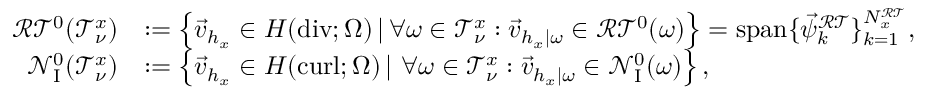
\begin{array} { r l } { \mathcal { R T } ^ { 0 } ( \mathcal T _ { \nu } ^ { x } ) } & { : = \left\{ \vec { v } _ { h _ { x } } \in H ( \mathrm { d i v } ; \Omega ) \, | \, \forall \omega \in \mathcal T _ { \nu } ^ { x } : \vec { v } _ { h _ { x } | \omega } \in \mathcal { R T } ^ { 0 } ( \omega ) \right\} = \mathrm { s p a n } \{ \vec { \psi } _ { k } ^ { \mathcal { R T } } \} _ { k = 1 } ^ { N _ { x } ^ { \mathcal { R T } } } , } \\ { \mathcal N _ { \mathrm { I } } ^ { 0 } ( \mathcal T _ { \nu } ^ { x } ) } & { : = \left\{ \vec { v } _ { h _ { x } } \in H ( \operatorname { c u r l } ; \Omega ) \, | \, \, \forall \omega \in \mathcal T _ { \nu } ^ { x } : \vec { v } _ { h _ { x } | \omega } \in \mathcal N _ { \mathrm { I } } ^ { 0 } ( \omega ) \right\} , } \end{array}